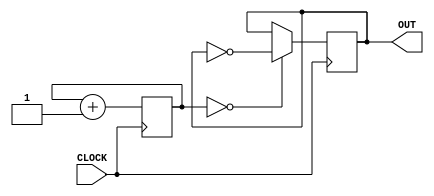
`timescale 1ns / 1ps
//////////////////////////////////////////////////////////////////////////////////
//////////////////////////////////////////////////////////////////////////////////

// This slow clock has a frequency of 95Hz.
module my_clock1(input CLOCK, output reg OUT);
    reg [19:0] COUNT = 0;
    
    initial begin
        OUT = 0;
    end
    
    always @(posedge CLOCK) begin
        COUNT <= COUNT + 1;
        OUT <= (COUNT == 0) ? ~OUT : OUT;
    end
endmodule